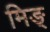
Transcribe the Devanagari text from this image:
मिङ्